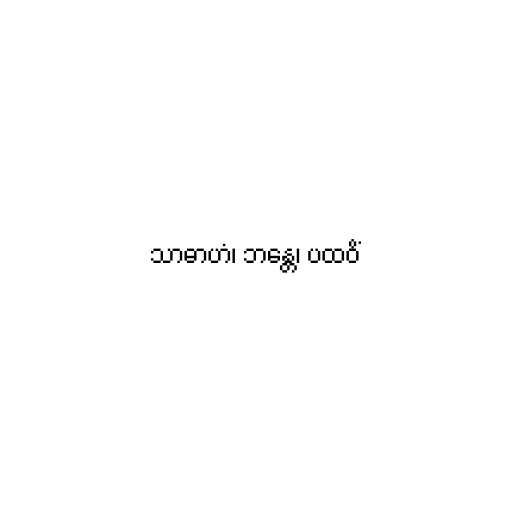
သာဓာဟံ၊ ဘန္တေ၊ ပထဝိံ